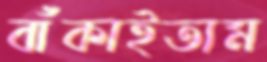
বাঁকাইতাম